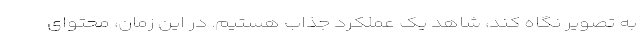
به تصویر نگاه کند، شاهد یک عملکرد جذاب هستیم. در این زمان، محتوای